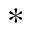
^ *